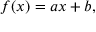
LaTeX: f ( x ) = a x + b ,